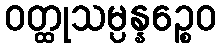
ဝတ္ထုသမ္ပန္နဉ္စေဝ